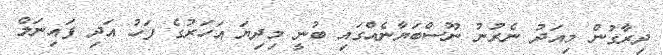
ދިރާގުން މިއަދު ނެރުނު ނޫސްބަޔާނެއްގައި ބުނީ މިދިޔަ އަހަރުގެ ފަހު އަދި ފައިނަލް